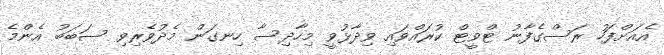
އެއަށްފަހު ރަސްގެފާނު ޓްވީޓް ކުރައްވައި ވިދާޅުވީ މިހާދިސާ ހިނގަން މެދުވެރިވި ސަބަބު އެންމެ